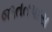
જાતતપાસ